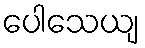
ပေါသေယျ